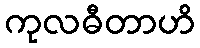
ကုလဓီတာဟိ